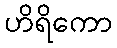
ဟိရိကော